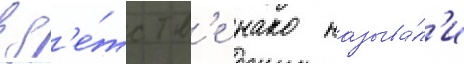
в д'е́тств'е нако называ́л'и